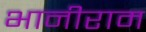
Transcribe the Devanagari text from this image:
भानीराम